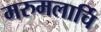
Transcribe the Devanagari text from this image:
मरुमलार्चि